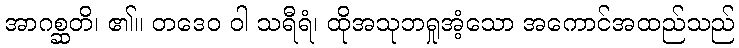
အာဂစ္ဆတိ၊ ၏။ တဒေဝ ဝါ သရီရံ၊ ထိုအသုဘရှုအံ့သော အကောင်အထည်သည်